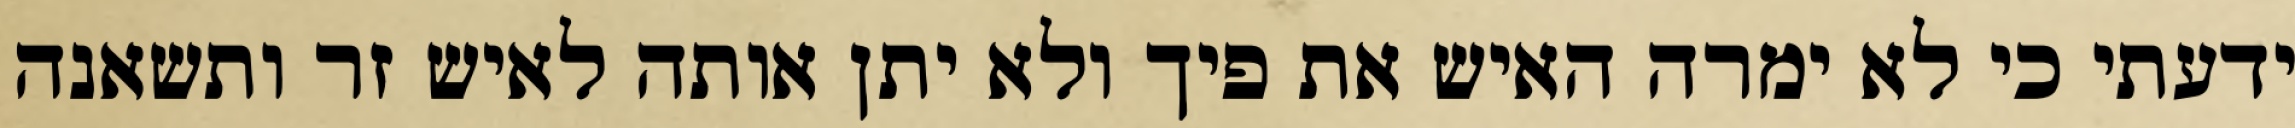
ידעתי כי לא ימרה האיש את פיך ולא יתן אותה לאיש זר ותשאנה